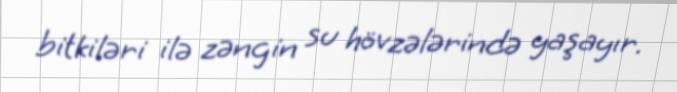
bitkiləri ilə zəngin su hövzələrində yaşayır.